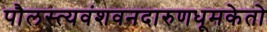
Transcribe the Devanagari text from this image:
पौलस्त्यवंशवनदारुणधूमकेतो